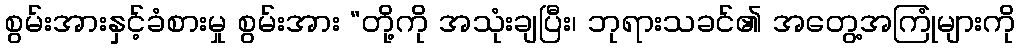
စွမ်းအားနှင့်ခံစားမှု စွမ်းအား “တို့ကို အသုံးချပြီး၊ ဘုရားသခင်၏ အတွေ့အကြုံများကို